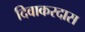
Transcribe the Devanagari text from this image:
दिवाकरदास